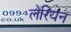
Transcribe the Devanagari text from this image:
लेरियन